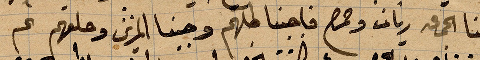
منا الجمعة ريان وحمص فاجبنا كلبهم وجبنا المزين ...